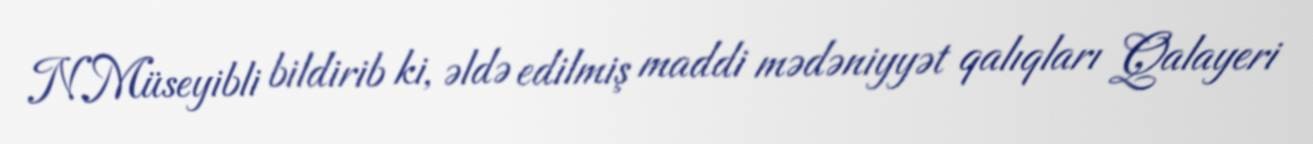
N.Müseyibli bildirib ki, əldə edilmiş maddi mədəniyyət qalıqları Qalayeri